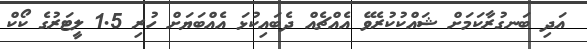
އަދި ބަނގުރާކަމަށް ޝައްކުކުރެވޭ އެއްޗެއް ދެބައިކުޅަ އެއްބަޔަށް ހުރި 1.5 ލީޓަރުގެ ކޯކް